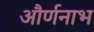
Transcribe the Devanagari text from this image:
और्णनाभ